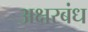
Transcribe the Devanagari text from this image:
अक्षरबंध